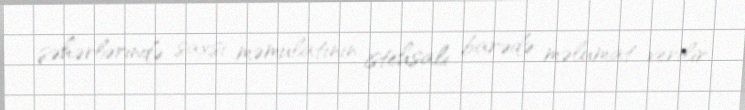
şəhərlərində saxsı məmulatının istehsalı barədə məlumat verilir.